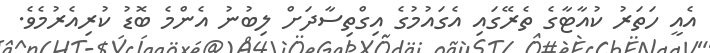
އެއީ ހަތަރު ކުއާޓާގެ ތެރޭގައި އެގައުމުގެ އިގްތިސާދަށް ލިބުނު އެންމެ ބޮޑު ކުރިއެރުމެވެ.